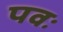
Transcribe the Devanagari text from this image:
पवः